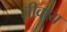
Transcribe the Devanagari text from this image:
जीवाय